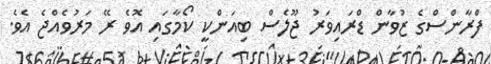
ފްރާންސްގެ ޒުވާން ޑްރައިވަރު ޖޫލެސް ބިއަންކީ ކޯމާގައި އޮވެ ރޭ މަރުވެއްޖެ އެވެ.